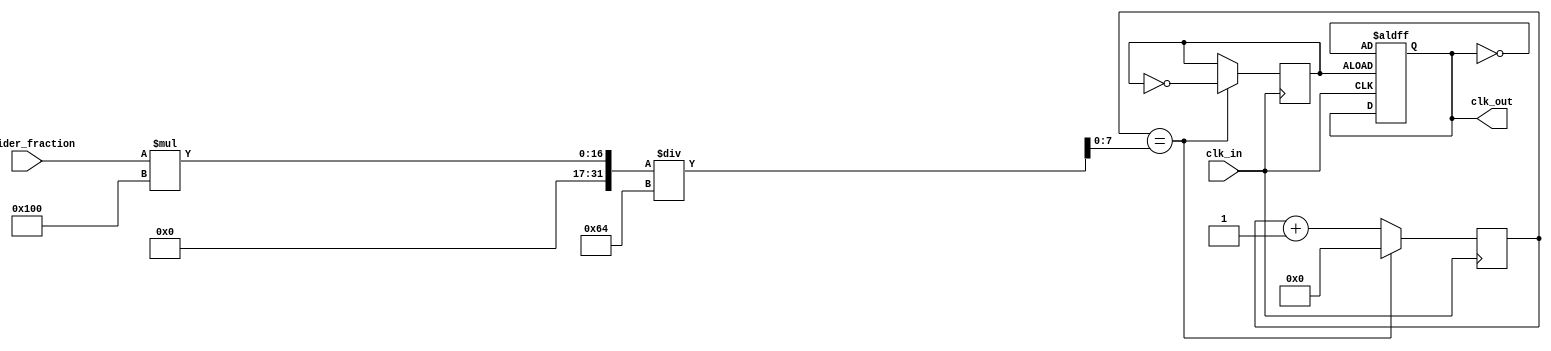
module floating_point_clock_divider (
  input wire clk_in,
  input wire [7:0] divider_fraction,
  output reg clk_out
);

reg [7:0] counter;
reg [7:0] divider_value;
reg sync_bit;

always @(posedge clk_in) begin
  counter <= counter + 8'b1;
  
  if (counter == divider_value) begin
    counter <= 8'b0;
    sync_bit <= ~sync_bit;
  end
end

always @(posedge clk_in or posedge sync_bit) begin
  if (sync_bit) begin
    clk_out <= ~clk_out;
  end
end

assign divider_value = (divider_fraction * 256) / 100;

endmodule